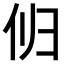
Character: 𫢔